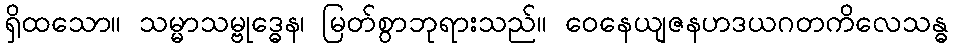
ရှိထသော။ သမ္မာသမ္ဗုဒ္ဓေန၊ မြတ်စွာဘုရားသည်။ ဝေနေယျဇနဟဒယဂတကိလေသန္ဓ